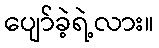
ပျော်ခဲ့ရဲ့လား။